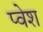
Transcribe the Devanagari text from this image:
प्वेश